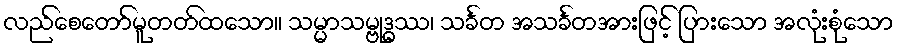
လည်စေတော်မူတတ်ထသော။ သမ္မာသမ္ဗုဒ္ဓဿ၊ သင်္ခတ အသင်္ခတအားဖြင့် ပြားသော အလုံးစုံသော